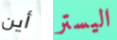
أين اليستر